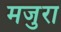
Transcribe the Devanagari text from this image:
मजुरा